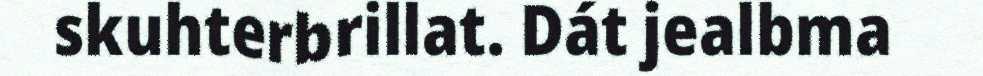
skuhterbrillat. Dát jealbma